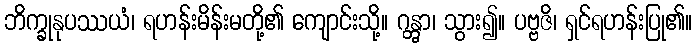
ဘိက္ခုနုပဿယံ၊ ရဟန်းမိန်းမတို့၏ ကျောင်းသို့။ ဂန္တွာ၊ သွား၍။ ပဗ္ဗဇိ၊ ရှင်ရဟန်းပြု၏။